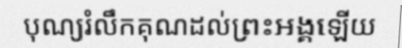
បុណ្យរំលឹកគុណដល់ព្រះអង្គឡើយ